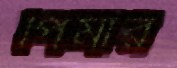
পিমার